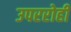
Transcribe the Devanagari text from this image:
उपररोही